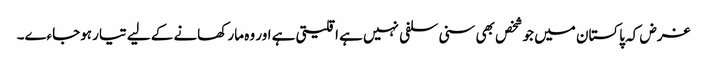
غرض کہ پاکستان میں جو شخص بھی سنی سلفی نہیں ہے اقلیتی ہے اور وہ مار کھانے کے لیے تیار ہوجاءے۔